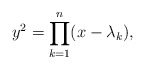
\begin{align*}y^2=\prod_{k=1}^{n}(x-\lambda_k),\end{align*}